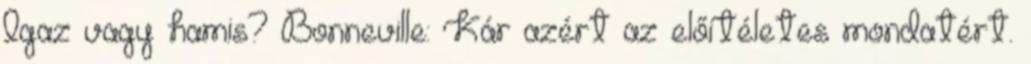
Igaz vagy hamis? Bonneville: Kár azért az előítéletes mondatért.